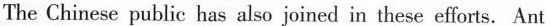
The Chinese public has also joined in these efforts. Ant